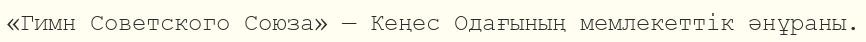
«Гимн Советского Союза» — Кеңес Одағының мемлекеттік әнұраны.